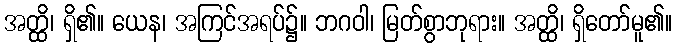
အတ္ထိ၊ ရှိ၏။ ယေန၊ အကြင်အရပ်၌။ ဘဂဝါ၊ မြတ်စွာဘုရား။ အတ္ထိ၊ ရှိတော်မူ၏။